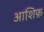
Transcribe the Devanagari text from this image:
आशिफ़